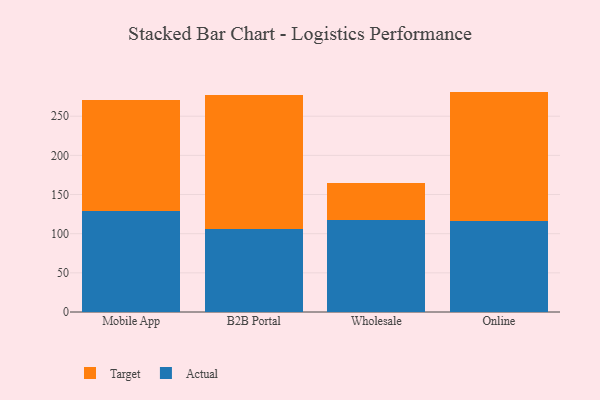
{"axis": {"x": "Channel", "y": "Humidity (%)"}, "legend": ["Actual", "Target"], "data": [{"x": "Mobile App", "y": 129.4, "type": "Actual"}, {"x": "Mobile App", "y": 141.4, "type": "Target"}, {"x": "B2B Portal", "y": 105.4, "type": "Actual"}, {"x": "B2B Portal", "y": 171.3, "type": "Target"}, {"x": "Wholesale", "y": 118.1, "type": "Actual"}, {"x": "Wholesale", "y": 46.0, "type": "Target"}, {"x": "Online", "y": 116.3, "type": "Actual"}, {"x": "Online", "y": 165.1, "type": "Target"}]}